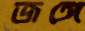
জঙ্গে